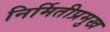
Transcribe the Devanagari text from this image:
निर्मितीप्रमुख